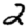
Digit: 2